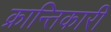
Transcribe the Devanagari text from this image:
क्रान्‍तिकारी